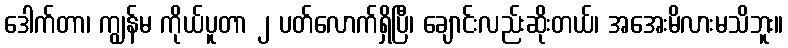
ဒေါက်တာ၊ ကျွန်မ ကိုယ်ပူတာ ၂ ပတ်လောက်ရှိပြီ၊ ချောင်းလည်းဆိုးတယ်၊ အအေးမိလားမသိဘူး။